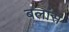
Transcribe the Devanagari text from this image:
बलांस